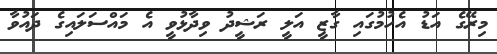
މިރޭގެ އަޑު އެހުމުގައި ގާޒީ އަލީ ރަޝީދު ވިދާޅުވީ އެ މައްސަލައިގެ ދައުވާ